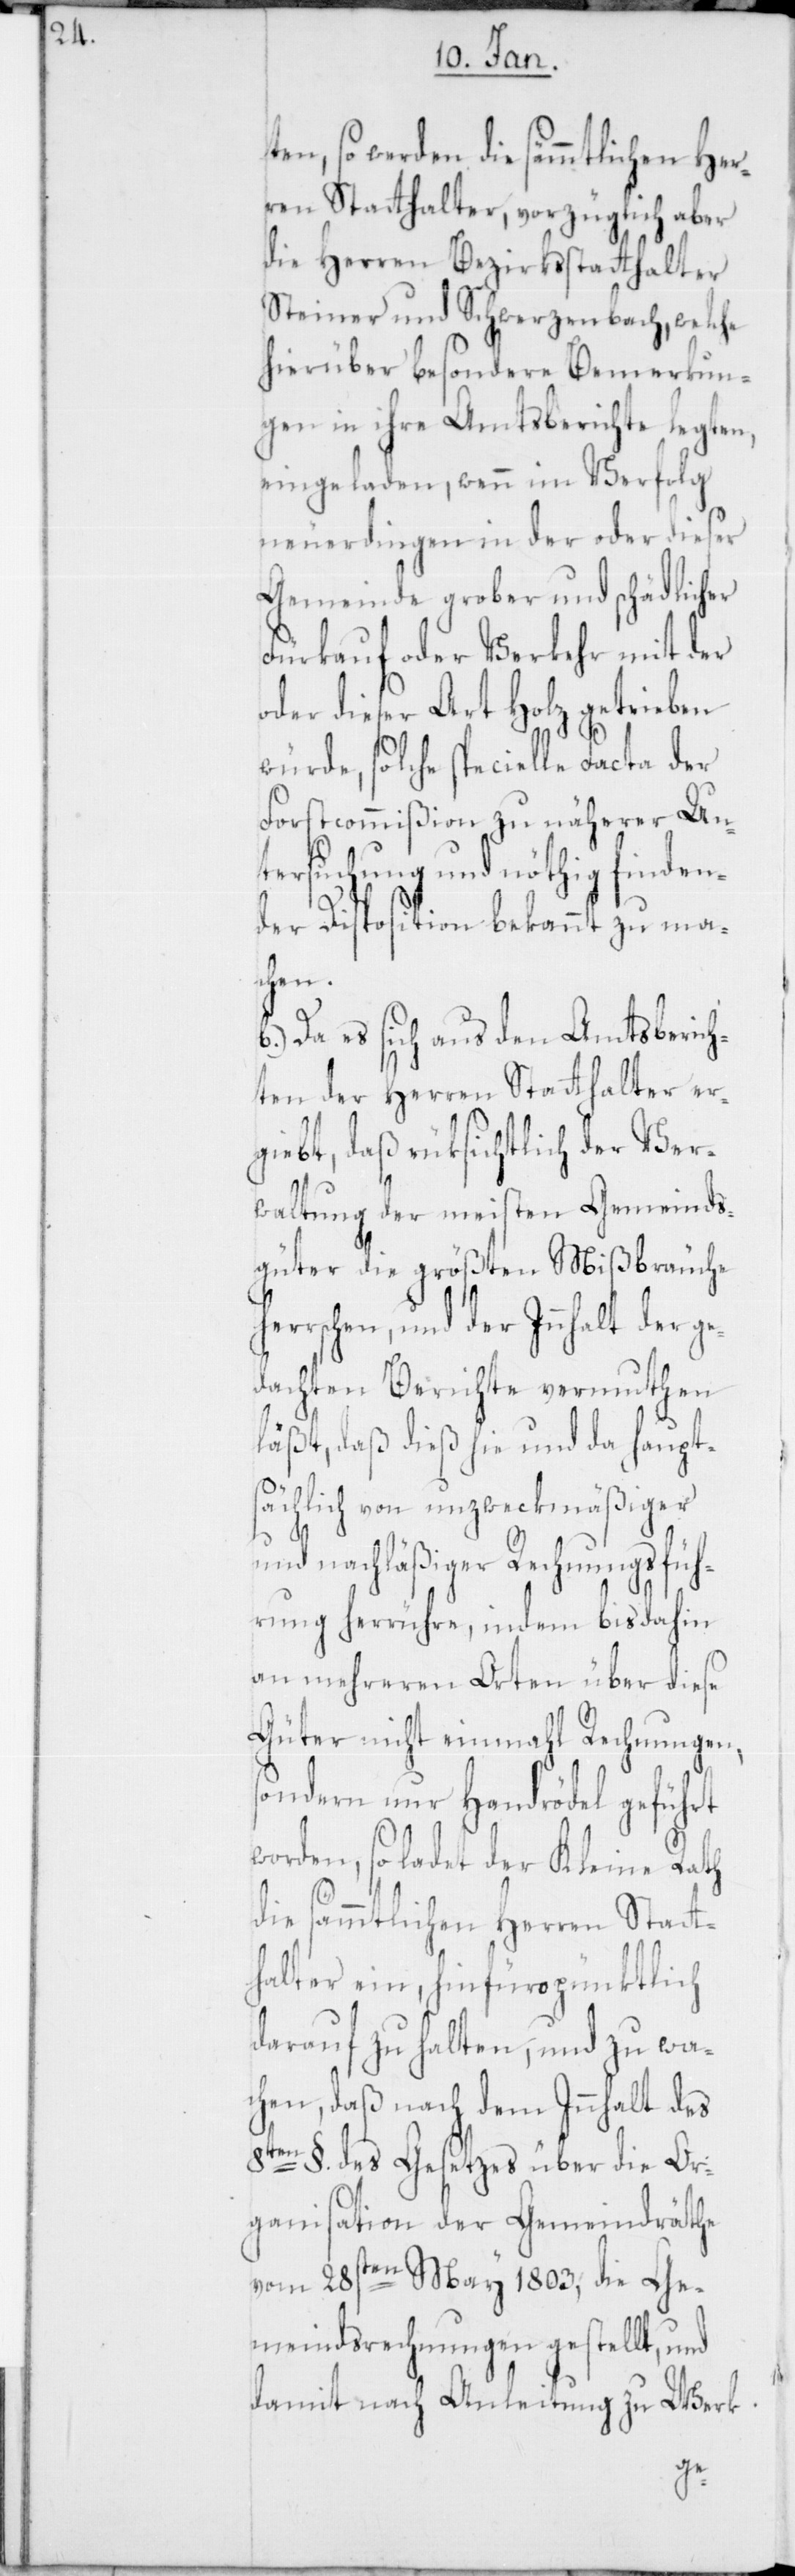
en, so werden die sämmtlichen Her¬
ren Statthalter, vorzüglich aber
die Herren Bezirksstatthalter
Steiner und Schwerzenbach, welche
hierüber besondere Bemerkun¬
gen in ihre Amtsberichte legten,
eingeladen, wenn im Verfolg
neuerdingen in der oder dieser
Gemeinde grober und schädlicher
Fürkauf oder Verkehr mit der
oder dieser Art Holz getrieben
würde, solche specielle Facta der
Forstcommißion zu näherer Un¬
rsuchung und nöthig finden¬
der Disposition bekannt zu ma¬
her¬
b.) Da es sich aus den Amtsberich¬
ten der Herren Statthalter er¬
gibt, daß rüksichtlich der Ver¬
waltung der meisten Gemeinds¬
güter die größten Mißbräuche
rschen, und der Inhalt der ge¬
dachten Berichte vermuthen
läßt, daß dieß hie und da haupts¬
ächlich von unzweckmäßiger
und nachläßiger Rechnungsfüh¬
rung herrühre, indem bis dahin
an mehreren Orten über diese
Güter nicht einmahl Rechnungen,
sondern nur Handrödel geführt
worden, so ladet der Kleine Rath
die sämmtlichen Herren Statt¬
halter ein, hinfüro pünktlich
darauf zu halten, und zu wa¬
chen, daß nach dem Innhalt des
8ten §. des Gesetzes über die Or¬
ganisation der Gemeindräthe
vom 28sten May 1803, die Ge¬
meindsrechnungen gestellt, und
damit nach Anleitung zu Werk
te¬